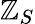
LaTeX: \mathbb{Z}_{S}